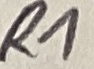
Text: R1